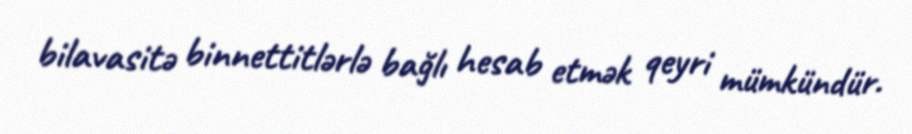
bilavasitə binnettitlərlə bağlı hesab etmək qeyri mümkündür.